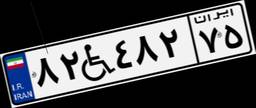
۸۲W۴۸۲۷۵